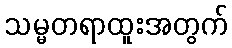
သမ္မတရာထူးအတွက်